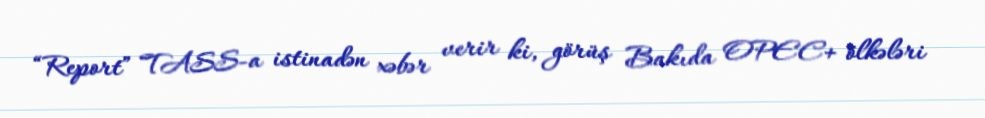
“Report” TASS-a istinadən xəbər verir ki, görüş Bakıda OPEC+ ölkələri